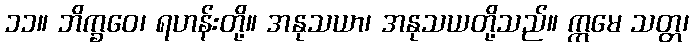
၁၁။ ဘိက္ခဝေ၊ ရဟန်းတို့။ အနုသယာ၊ အနုသယတို့သည်။ ဣမေ သတ္တ၊